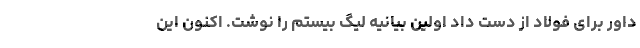
داور برای فولاد از دست داد اولین بیانیه لیگ بیستم را نوشت. اکنون این